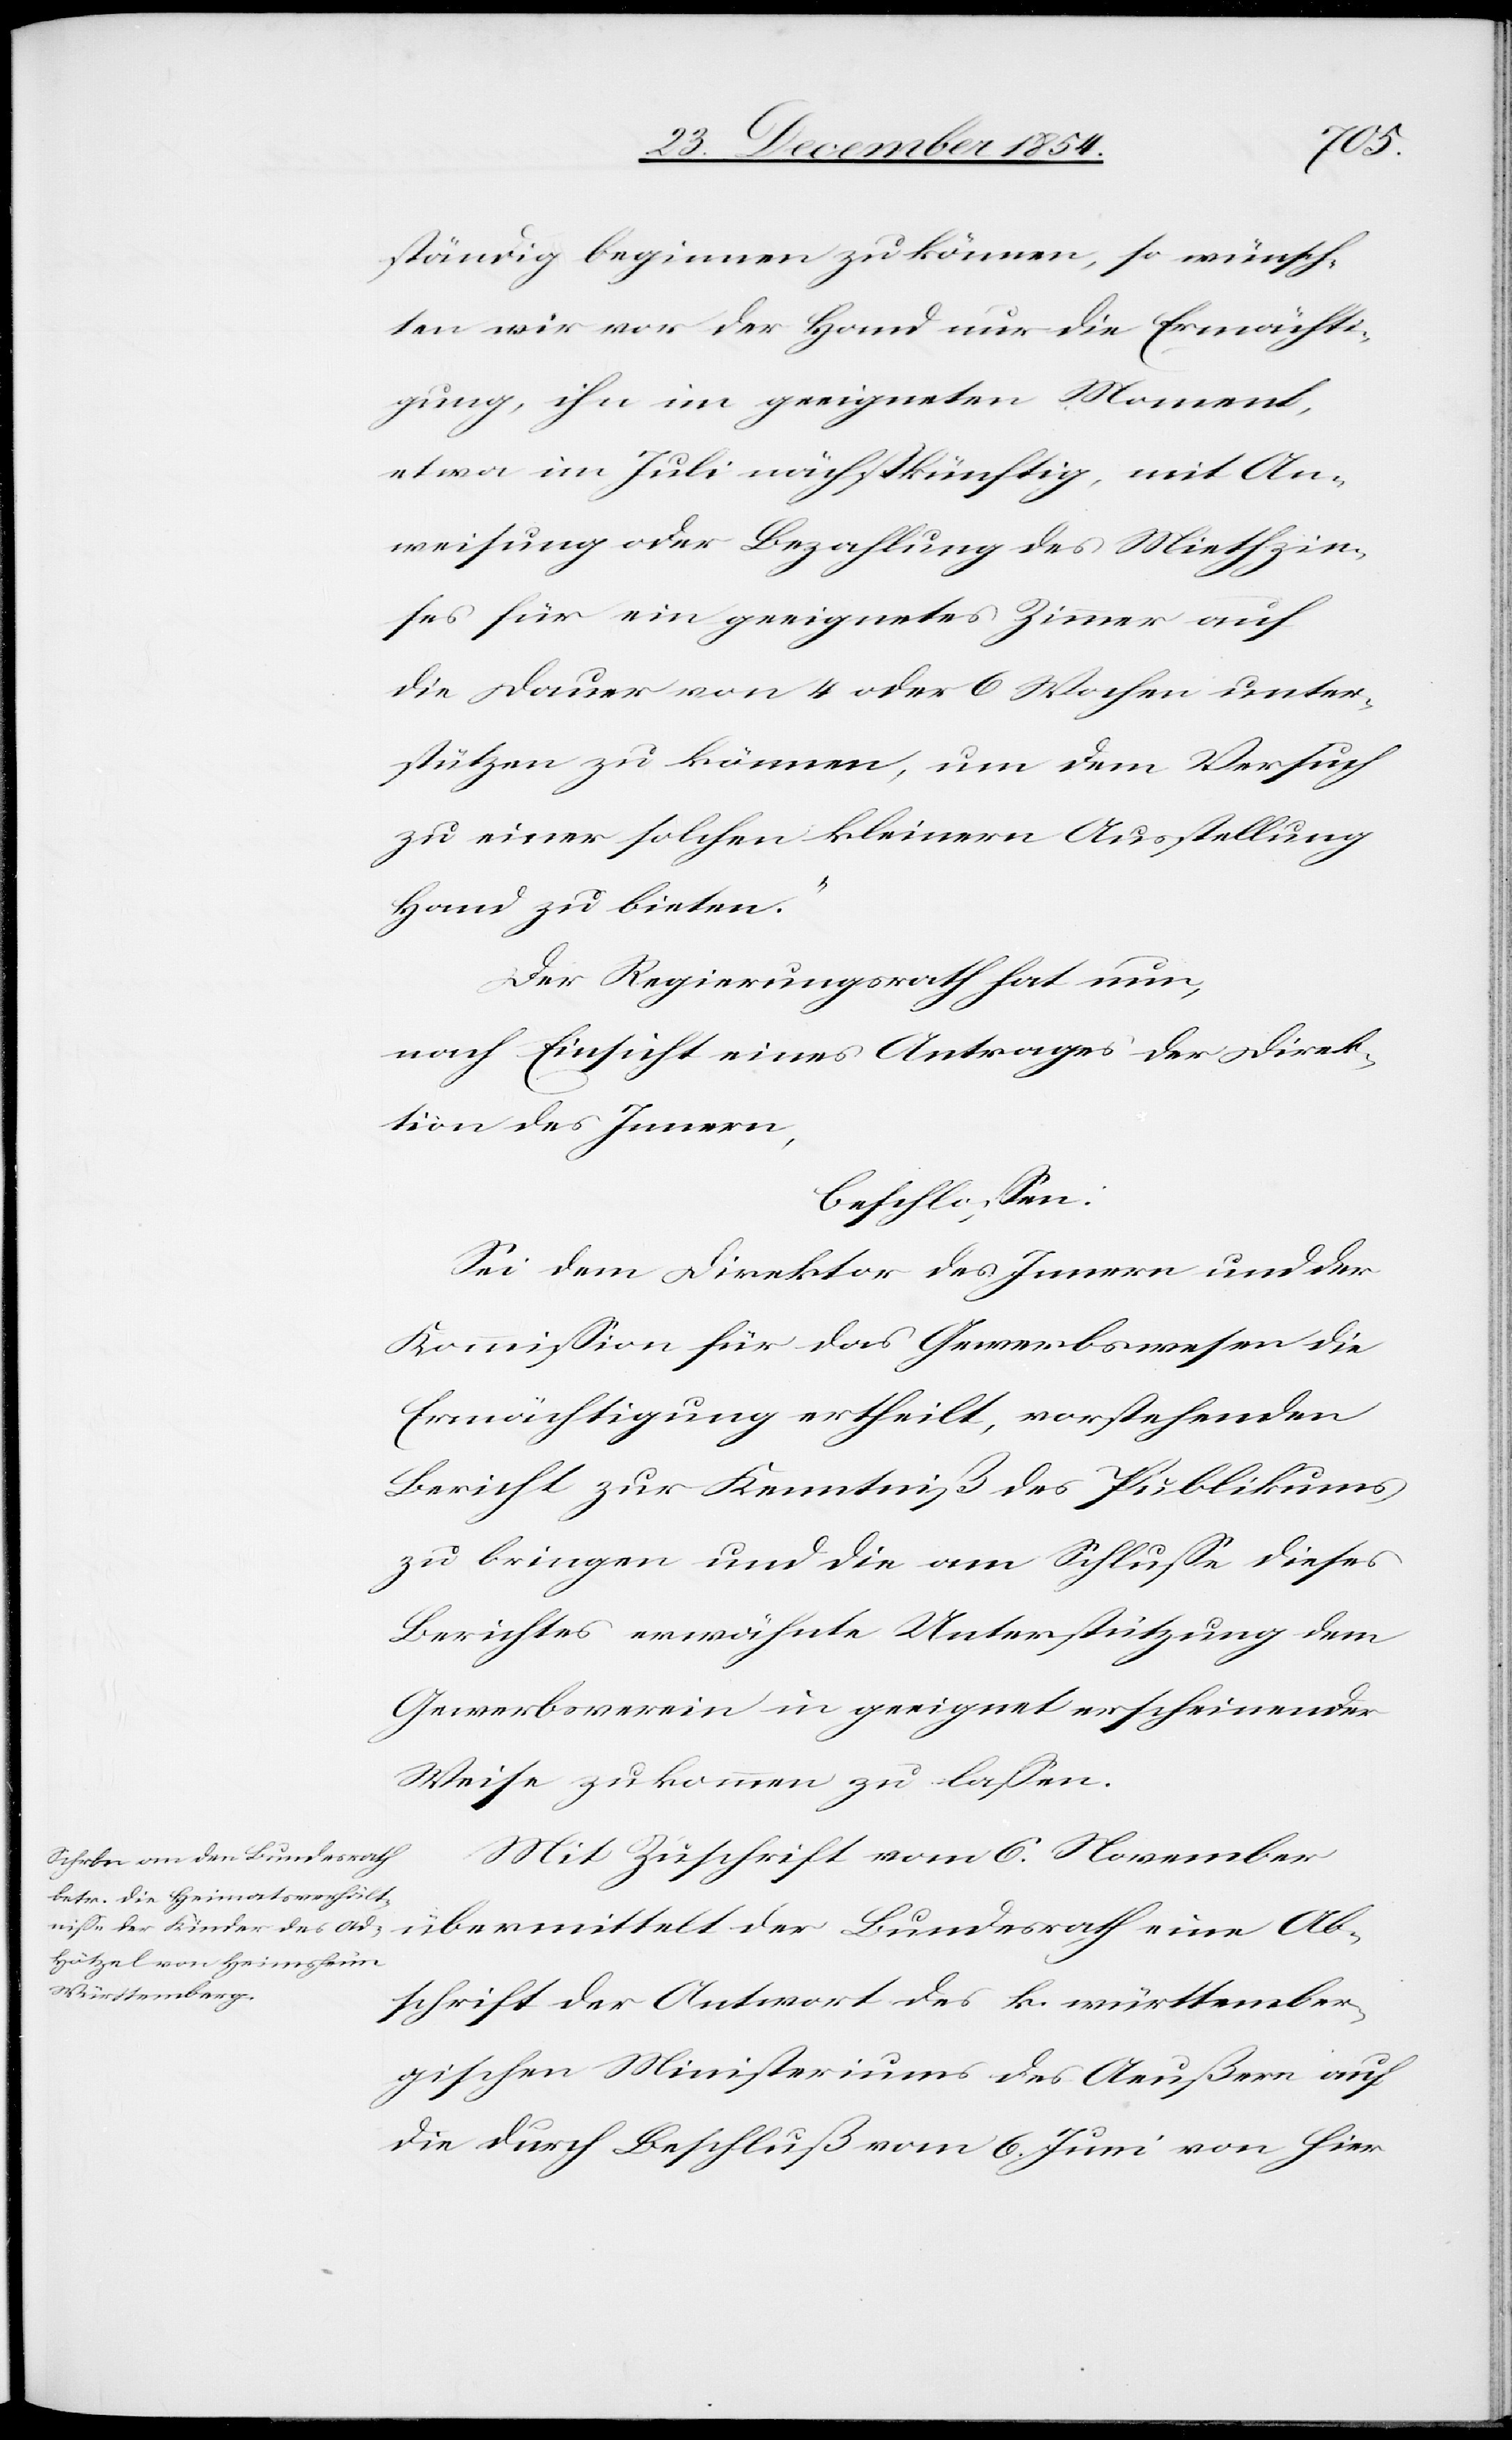
ständig beginnen zu können, so wünsch¬
ten wir vor der Hand nur die Ermächti¬
gung, ihn im geeigneten Moment,
etwa im Juli nächstkünftig, mit An¬
weisung oder Bezahlung des Miethzin¬
ses für ein geeignetes Zimmer auf
die Dauer von 4 oder 6 Wochen unter¬
stützen zu können, um dem Versuc¬
h einer solchen kleinern Ausstellung
Hand zu bieten.“
Der Regierungsrath hat nun,
nach Einsicht eines Antrages der Direk¬
tion des Innern,
beschloßen:
Sei dem Direktor des Innern und der
Kommißion für das Gewerbswesen die
Ermächtigung ertheilt, vorstehenden
Bericht zur Kenntniß des Publikums
zu bringen und die am Schluße dieses
Berichtes erwähnte Unterstützung dem
Gewerbsverein in geeignet erscheinender
Weise zukommen zu laßen.
Mit Zuschrift vom 6. November
übermittelt der Bundesrath eine Ab¬
schrift der Antwort des k. württember¬
gischen Ministeriums des Aeußern auf
die durch Beschluß vom 6. Juni von hier